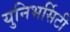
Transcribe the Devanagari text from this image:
युनिभर्सिटी